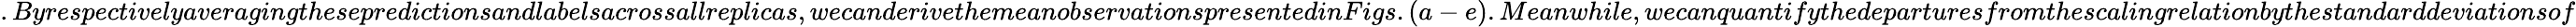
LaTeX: .Byrespectivelyaveragingthesepredictionsandlabelsacrossallreplicas,wecanderivethemeanobservationspresentedinFigs.(a-e).Meanwhile,wecanquantifythedeparturesfromthescalingrelationbythestandarddeviationsof